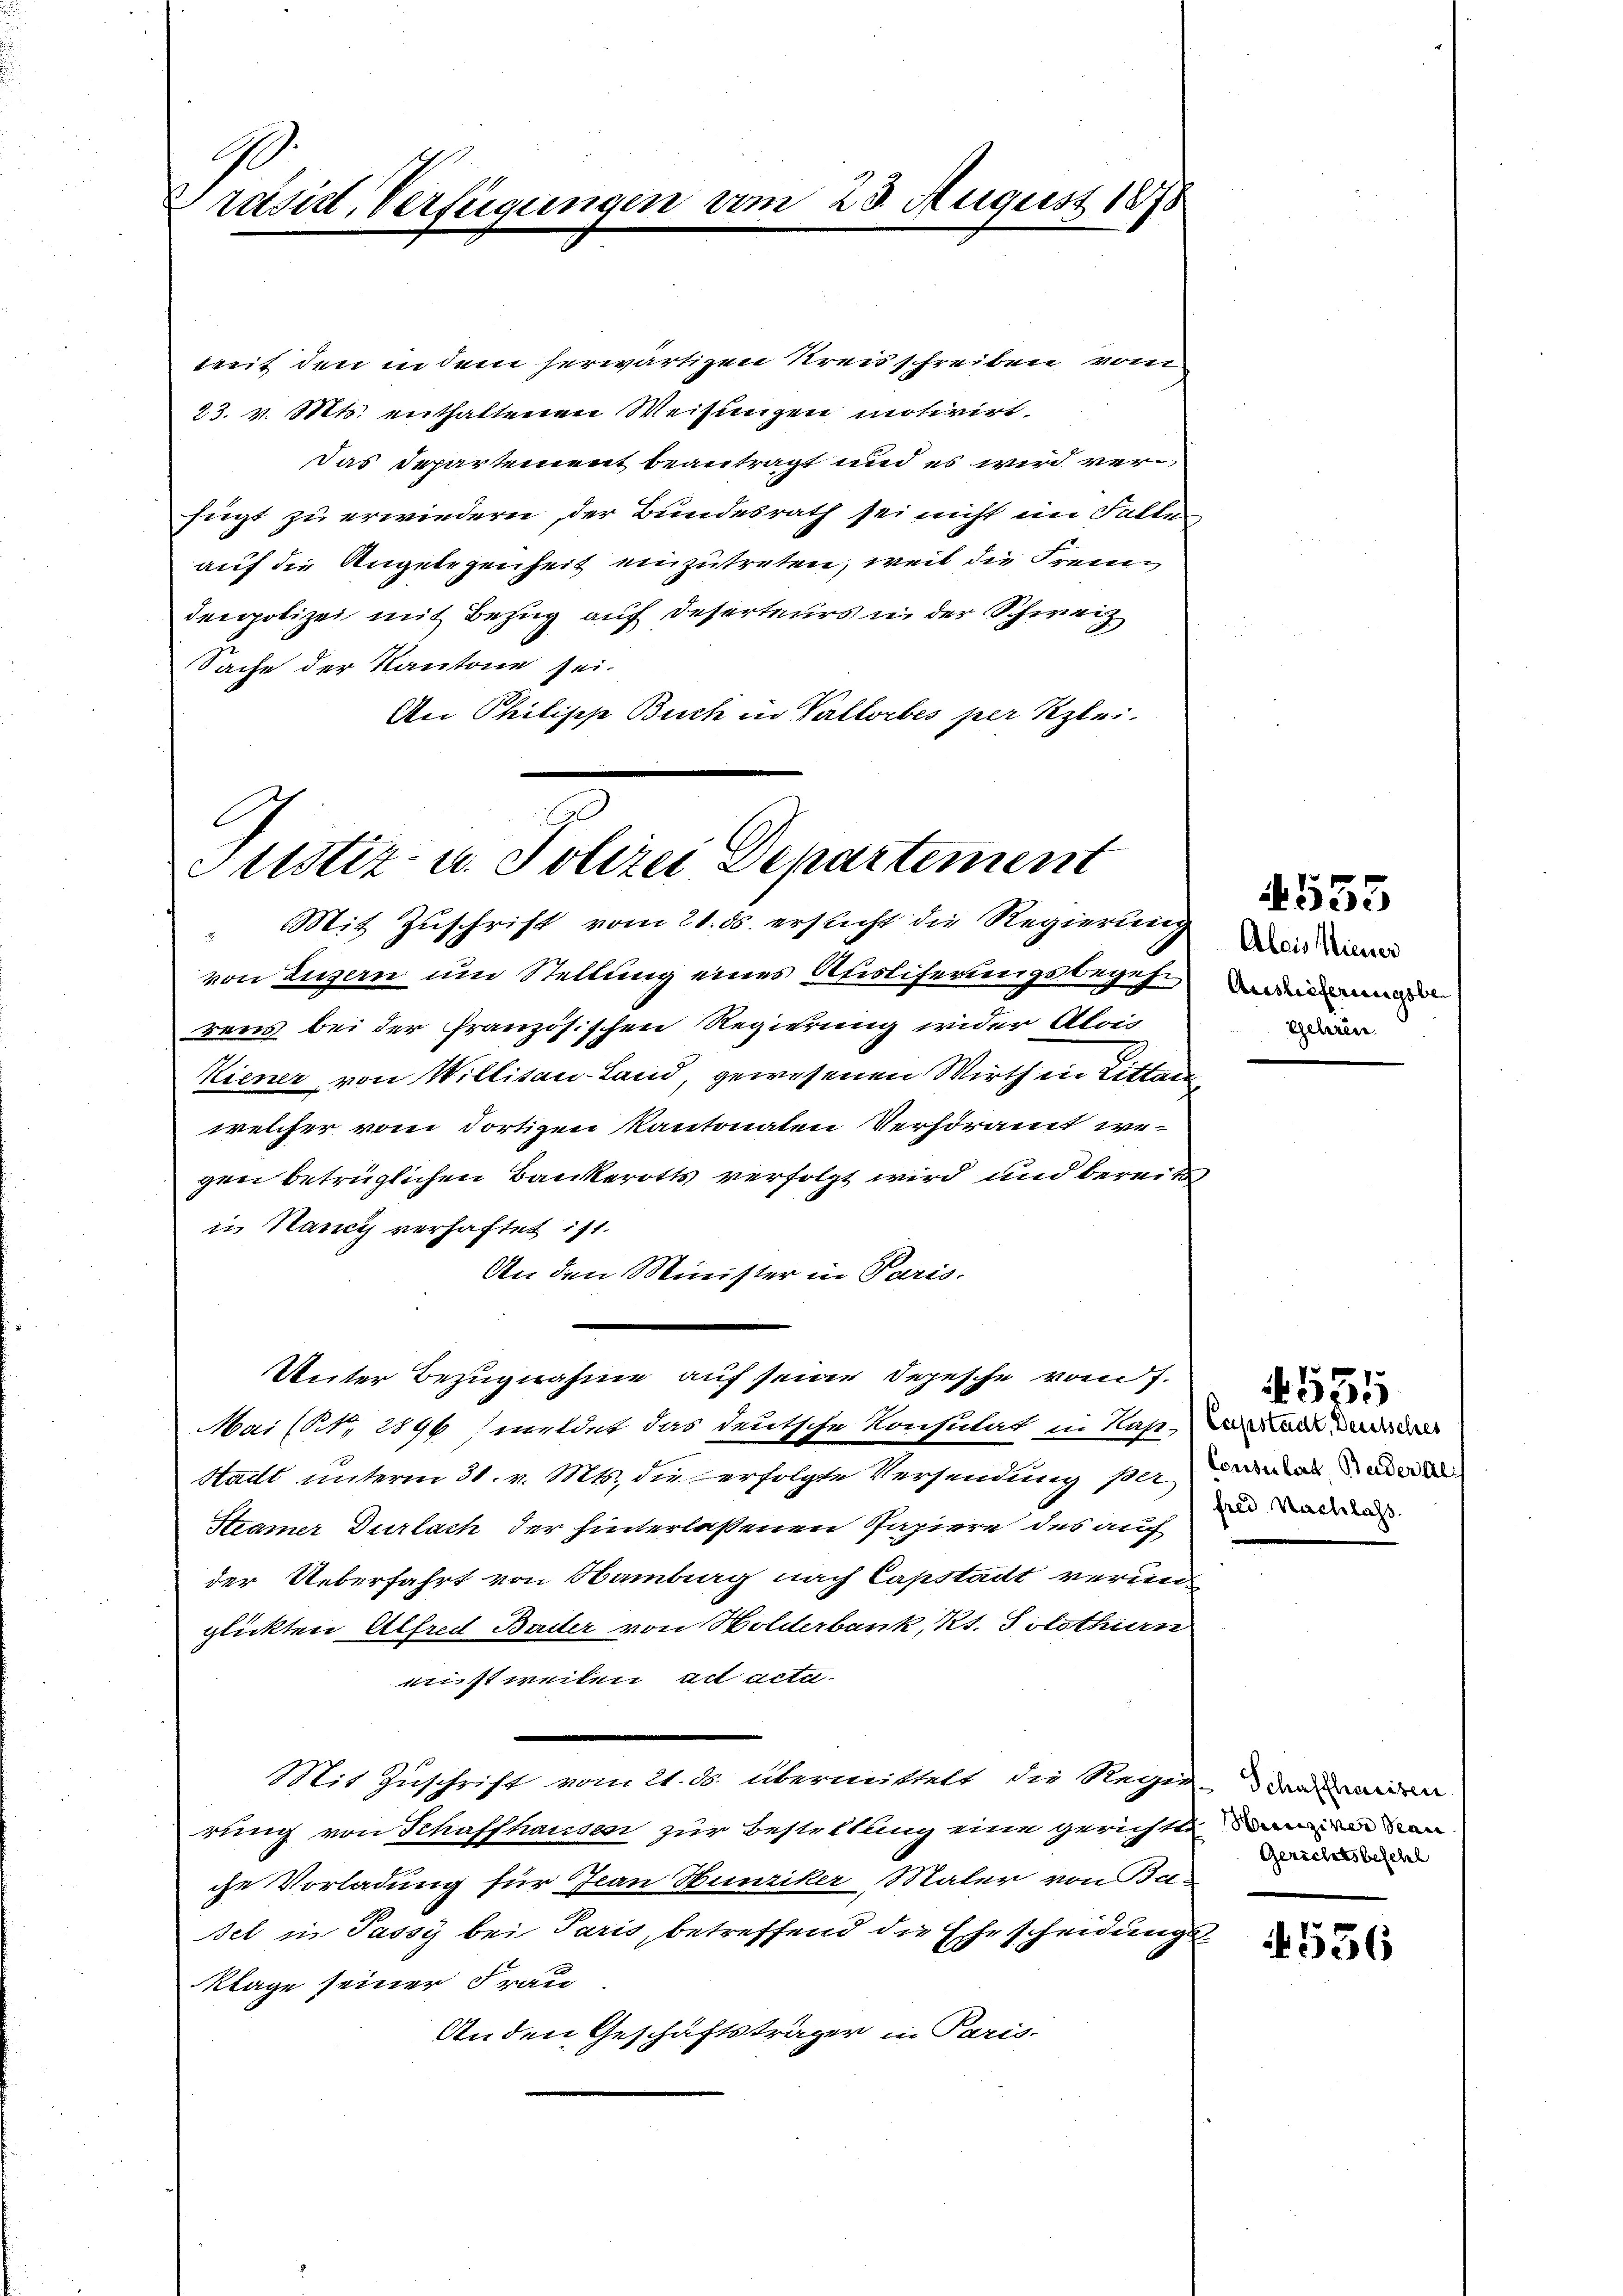
G
räsidt, Verfügungen am 23. August 187

Mit Zuschrift vom 21. ds. ersucht die Regierung
von Luzern um Stellung eines Ausliferungsbegehr
rens bei der französischen Regierung wider Alois
Kiener von Willisau-Land, gewesenen Wirth in Litten
welcher vom dortigen Kantonalen Verhöramt wegen betrüglichen Bankerotts verfolgt wird und bereits
in Nancy verhaftet ist.
An den Minister in Paris.
Unter Bezugnahme auf seine Depesche vom 7.
Mai (N. 2896/ meldet das deutsche Konsulat in Nahende de der
Stadt unterm 31. v. Mts., die erfolgte Versendung per der a
Steamer Durlach der hinterlassenen Papiere des auch
der Ueberfahrt von Hamburg nach Capstadt verun
glickten Alfred Bader von Holderbank, Kt. Solothurn
mistweilen ad acta.
Mit Zuschrift vom 21. ds. übermittelt die Regie-den seiden
rung von Schaffhauses zur Bestellung eine gerichtte
che Vorladung für Jean Hunziker, Maler von Be-
sel in Passy bei Paris, betreffend die Ehescheidungs¬
Klage seiner Frau
Anden Geschäftsträger in Paris.

weit den in dem herwärtigen Kreisschreiben von
23. v. Mts. enthaltenen Weisungen motivirt.
Das Departement beantragt und es wird verfügt zu erwiedern der Bundesrath sei nicht im Fallen
auf die Angelegenheit einzutreten, weil die Freun
denpolizei mit Bezug auf Deserteurs in der Schweiz.
Sache der Kantone sei.
An Philipp Buch in Vallorbes per Klei¬

Justiz- u. Polizei Departement

Alois Miener
Auslieferungsbeegehren

555

fred. Nachlass

535

Gerichtsbeschl

4536